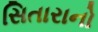
સિતારાનો